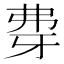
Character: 𰐖